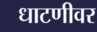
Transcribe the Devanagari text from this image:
धाटणीवर